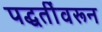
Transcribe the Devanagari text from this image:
पद्धतींवरून